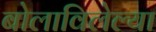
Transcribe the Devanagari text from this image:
बोलाविलेल्या